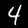
Digit: 4